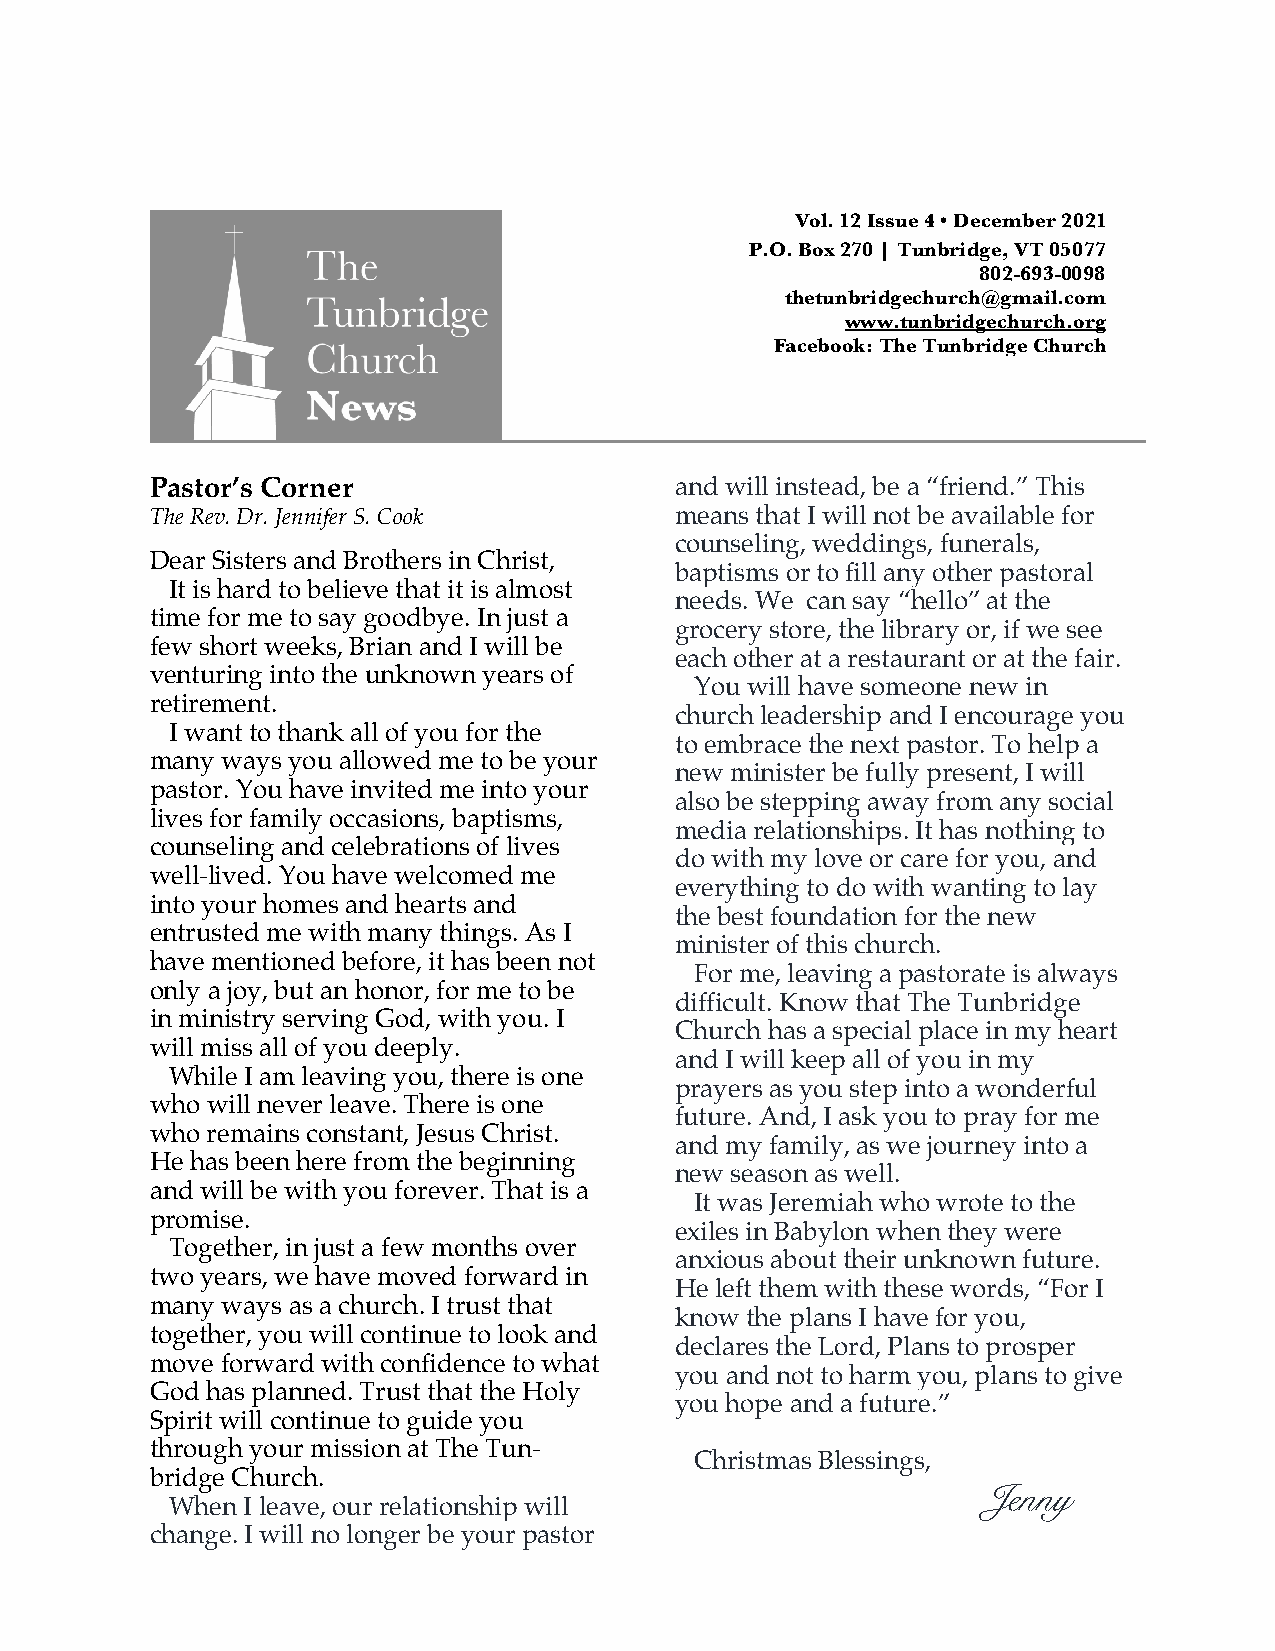
Vol. 12 Issue 4 • December 2021
 P.O. Box 270 | Tunbridge, VT 05077
 802-693-0098
 thetunbridgechurch@gmail.com
 www.tunbridgechurch.org
 Facebook: The Tunbridge Church
 Pastor’s Corner                    and will instead, be a “friend.” This
 The Rev. Dr. Jennifer S. Cook      means that I will not be available for
 counseling, weddings, funerals,
 Dear Sisters and Brothers in Christ,
 baptisms or to fill any other pastoral
 It is hard to believe that it is almost
 needs. We can say “hello” at the
 time for me to say goodbye. In just a
 grocery store, the library or, if we see
 few short weeks, Brian and I will be
 each other at a restaurant or at the fair.
 venturing into the unknown years of
 You will have someone new in
 retirement.
 church leadership and I encourage you
 I want to thank all of you for the
 to embrace the next pastor. To help a
 many ways you allowed me to be your
 new minister be fully present, I will
 pastor. You have invited me into your
 also be stepping away from any social
 lives for family occasions, baptisms,
 media relationships. It has nothing to
 counseling and celebrations of lives
 do with my love or care for you, and
 well-lived. You have welcomed me
 everything to do with wanting to lay
 into your homes and hearts and
 the best foundation for the new
 entrusted me with many things. As I
 minister of this church.
 have mentioned before, it has been not
 For me, leaving a pastorate is always
 only a joy, but an honor, for me to be
 difficult. Know that The Tunbridge
 in ministry serving God, with you. I
 Church has a special place in my heart
 will miss all of you deeply.
 and I will keep all of you in my
 While I am leaving you, there is one
 prayers as you step into a wonderful
 who will never leave. There is one
 future. And, I ask you to pray for me
 who remains constant, Jesus Christ.
 and my family, as we journey into a
 He has been here from the beginning
 new season as well.
 and will be with you forever. That is a
 It was Jeremiah who wrote to the
 promise.
 exiles in Babylon when they were
 Together, in just a few months over
 anxious about their unknown future.
 two years, we have moved forward in
 He left them with these words, “For I
 many ways as a church. I trust that
 know the plans I have for you,
 together, you will continue to look and
 declares the Lord, Plans to prosper
 move forward with confidence to what
 you and not to harm you, plans to give
 God has planned. Trust that the Holy
 you hope and a future.”
 Spirit will continue to guide you
 through your mission at The Tun-
 Christmas Blessings,
 bridge Church.
 Jenny
 When I leave, our relationship will
 change. I will no longer be your pastor